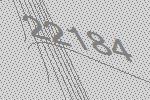
22184